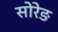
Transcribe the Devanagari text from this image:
सोरेङ